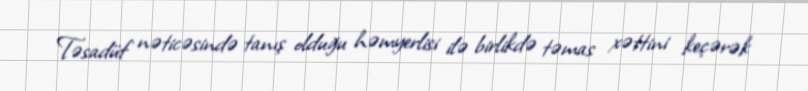
Təsadüf nəticəsində tanış olduğu həmyerlisi ilə birlikdə təmas xəttini keçərək